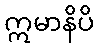
ဣမာနိပိ